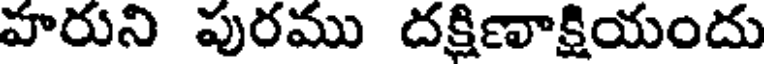
హరుని పురము దక్షిణాక్షియందు